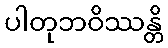
ပါတုဘဝိဿန္တိ